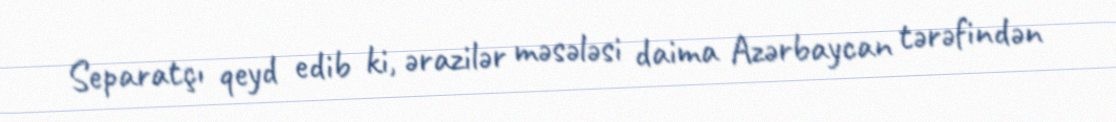
Separatçı qeyd edib ki, ərazilər məsələsi daima Azərbaycan tərəfindən